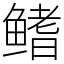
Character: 鳍